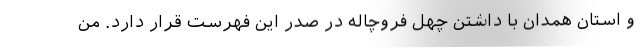
و استان همدان با داشتن چهل فروچاله در صدر این فهرست قرار دارد. من